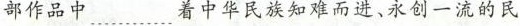
部作品中……着中华民族知难而进、永创一流的民